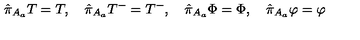
\hat { \pi } _ { A _ { a } } T = T , \quad \hat { \pi } _ { A _ { a } } T ^ { - } = T ^ { - } , \quad \hat { \pi } _ { A _ { a } } \Phi = \Phi , \quad \hat { \pi } _ { A _ { a } } \varphi = \varphi